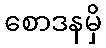
စောဒနမှိ